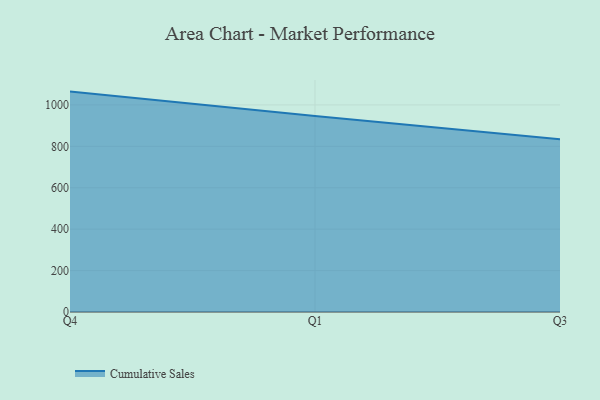
{"axis": {"x": "Quarter", "y": "Production Output"}, "legend": ["Cumulative Sales"], "data": [{"x": "Q4", "y": 1064.4, "type": "Cumulative Sales"}, {"x": "Q1", "y": 946.3, "type": "Cumulative Sales"}, {"x": "Q3", "y": 834.3, "type": "Cumulative Sales"}]}